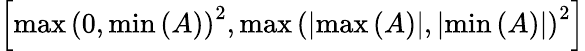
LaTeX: \left[\operatorname*{max}\left(0,\operatorname*{min}\left(A\right)\right)^{2},\operatorname*{max}\left(\left|\operatorname*{max}\left(A\right)\right|,\left|\operatorname*{min}\left(A\right)\right|\right)^{2}\right]